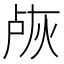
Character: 𬊐